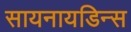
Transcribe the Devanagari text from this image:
सायनायडिन्स